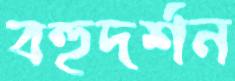
বহুদর্শন